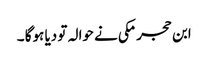
ابن حجر مکی نے حوالہ تو دیا ہوگا ۔